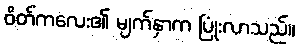
ဝိတ်ကလေး၏ မျက်နှာက ပြုံးလာသည်။